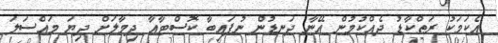
އެކަމަކު ރަތްކާޑު ދެއްކުމުން އޭނާ ދަނޑުން ނުފައިބާ ކޮސްޓާއާ ދިމާލަށް ދިޔަ މައްސަލަ